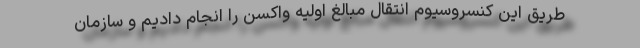
طریق این کنسروسیوم انتقال مبالغ اولیه واکسن را انجام دادیم و سازمان